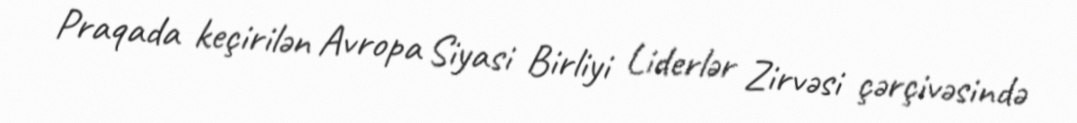
Praqada keçirilən Avropa Siyasi Birliyi Liderlər Zirvəsi çərçivəsində